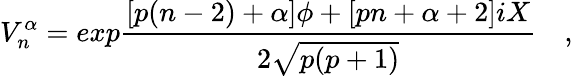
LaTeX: V_{n}^{\alpha}=exp{\frac{[p(n-2)+\alpha]\phi+[pn+\alpha+2]iX}{2\sqrt{p(p+1)}}}\quad,